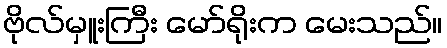
ဗိုလ်မှူးကြီး မော်ရိုးက မေးသည်။